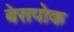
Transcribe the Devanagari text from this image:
बेसपोक